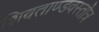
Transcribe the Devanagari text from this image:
शिवताण्डवस्तोत्र